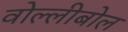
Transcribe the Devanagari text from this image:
वोल्लीबोल